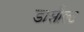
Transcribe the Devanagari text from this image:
डासौल्ट